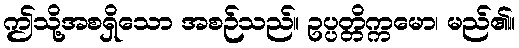
ဤသို့အစရှိသော အစဉ်သည်။ ဥပ္ပတ္တိက္ကမော၊ မည်၏။